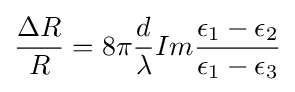
{\frac {\Delta R}{R}}=8\pi {\frac {d}{\lambda }}Im{\frac {\epsilon _{1}-\epsilon _{2}}{\epsilon _{1}-\epsilon _{3}}}